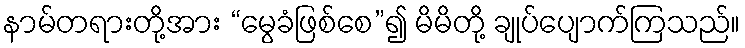
နာမ်တရားတို့အား “မွေခံဖြစ်စေ”၍ မိမိတို့ ချုပ်ပျောက်ကြသည်။